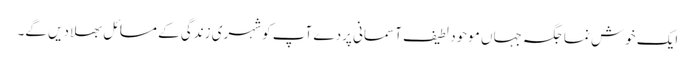
ایک خوش نما جگہ جہاں موحود لطیف آسمانی پردے آپ کو شہری زندگی کے مسائل بھلا دیں گے۔